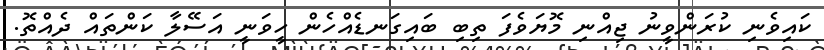
ކައިވެނި ކުރަންވީނު ޖިއްނި މޮޔަވެފަ ތިބި ބައިގަނޑެއްހެން ހީވަނީ އަސޭލާ ކަންތައް ދެއްތޮ.